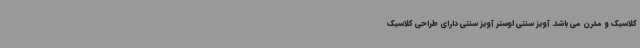
کلاسیک و مدرن می باشد. آویز سنتی لوستر آویز سنتی دارای طراحی کلاسیک